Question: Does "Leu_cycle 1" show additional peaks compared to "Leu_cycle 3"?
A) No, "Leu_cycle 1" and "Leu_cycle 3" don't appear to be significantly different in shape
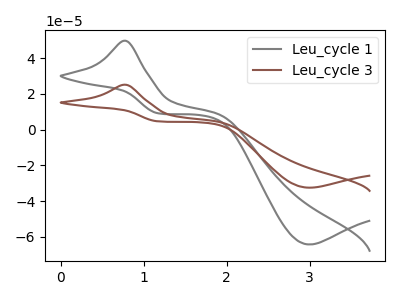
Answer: <think>The gray curve "Leu_cycle 1" has an anodic peak at (0.80V, 49.75uA) and a cathodic peak at (3.00V, -64.30uA). The brown curve "Leu_cycle 3" has an anodic peak at (0.80V, 25.15uA) and a cathodic peak at (3.00V, -32.50uA).
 All the peaks in "Leu_cycle 1" have a peak in "Leu_cycle 3" at the same potential. Every peak in "Leu_cycle 1" is higher than every peak in "Leu_cycle 3".</think>
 <answer>A) No, "Leu_cycle 1" and "Leu_cycle 3" don't appear to be significantly different in shape</answer>
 <eval>A</eval>